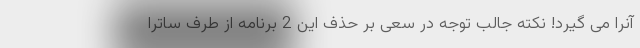
آنرا می گیرد! نکته جالب توجه در سعی بر حذف این 2 برنامه از طرف ساترا